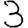
Digit: 3